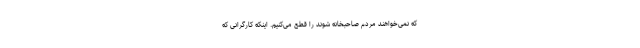
که نمی‌خواهند مردم صاحبخانه شوند را قطع می‌کنیم. اینکه کارگرانی که